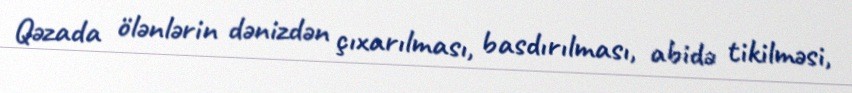
Qəzada ölənlərin dənizdən çıxarılması, basdırılması, abidə tikilməsi,